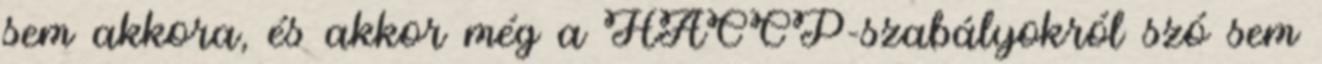
sem akkora, és akkor még a HACCP-szabályokról szó sem